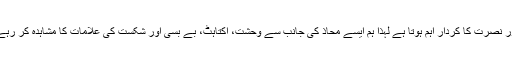
لیکن چونکہ دو محاذوں کے درمیان ٹکراو میں مادی وسائل سے زیادہ الہی مدد اور نصرت کا کردار اہم ہوتا ہے لہذا ہم ایسے محاذ کی جانب سے وحشت، اکتاہٹ، بے بسی اور شکست کی علامات کا مشاہدہ کر رہے ہیں جو عالمی سطح پر حمایت اور پشت پناہی کے لحاظ سے چوٹی پر کھڑا ہے۔